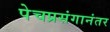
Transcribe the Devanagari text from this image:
पेचप्रसंगानंतर